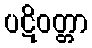
ပဋိဝတ္တာ